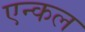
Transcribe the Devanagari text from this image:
एन्कल